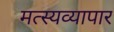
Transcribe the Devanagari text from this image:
मत्स्यव्यापार